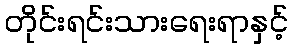
တိုင်းရင်းသားရေးရာနှင့်